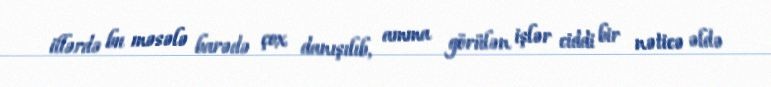
illərdə bu məsələ barədə çox danışılıb, amma görülən işlər ciddi bir nəticə əldə